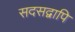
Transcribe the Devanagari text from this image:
सदसद्वापि